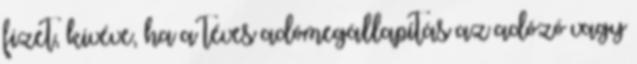
fizet, kivéve, ha a téves adómegállapítás az adózó vagy